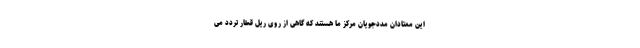
این معتادان مددجویان مرکز ما هستند که گاهی از روی ریل قطار تردد می